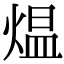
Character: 煴